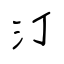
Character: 汀